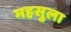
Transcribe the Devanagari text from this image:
महसुला